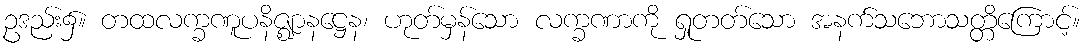
ဥဒည်း၌။ တထလက္ခဏူပနိဇ္ဈာနဋ္ဌေန၊ ဟုတ်မှန်သော လက္ခဏာကို ရှုတတ်သော အနက်သဘောသတ္တိကြောင့်။